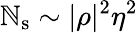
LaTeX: \mathbb{N}_{\mathrm{{s}}}\sim|\rho|^{2}\eta^{2}